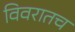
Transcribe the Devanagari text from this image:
विवरातच